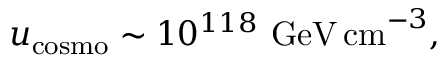
u _ { \mathrm { c o s m o } } \sim 1 0 ^ { 1 1 8 } \mathrm { ~ G e V \, c m } ^ { - 3 } ,